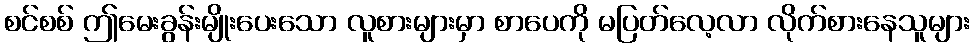
စင်စစ် ဤမေးခွန်းမျိုးပေးသော လူစားများမှာ စာပေကို မပြတ်လေ့လာ လိုက်စားနေသူများ